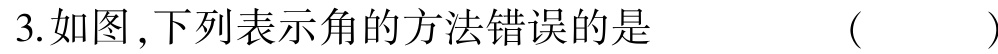
3.如图,下列表示角的方法错误的是  (   )